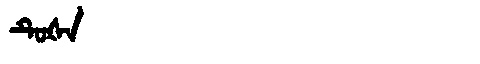
Manchu: ᡨᡠᡧᠠ
Romanization: TUŠA